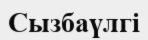
Сызбаүлгі